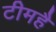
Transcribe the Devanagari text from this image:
टीमहै